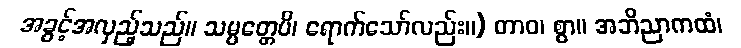
အခွင့်အလှည့်သည်။ သမ္ပတ္တေပိ၊ ရောက်သော်လည်း။) တာဝ၊ စွာ။ အဘိညာကထံ၊